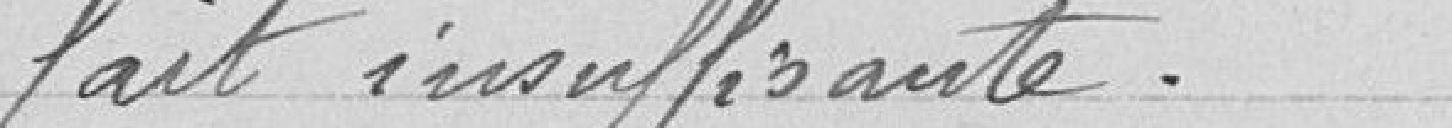
fait insuffisante.